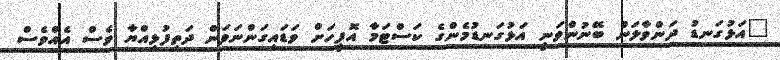
"އަޅުގަނޑު ދަންވާލަން ބޭނުންވަނީ އަޅުގަނޑުމެންގެ ކަސްޓަމާ އޮފީހަށް ވަޑައިގަންނަވަން ދަތިފުޅިއްޔާ ވެސް އެއްވެސް